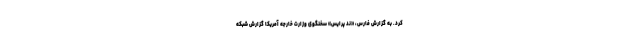
کرد. به گزارش فارس، «ند پرایس» سخنگوی وزارت خارجه آمریکا گزارش شبکه